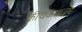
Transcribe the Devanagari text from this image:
कीचकवधम्